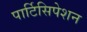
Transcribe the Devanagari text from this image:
पार्टिसिपेशन